Scottish Leaving Certificate Examination, 1958
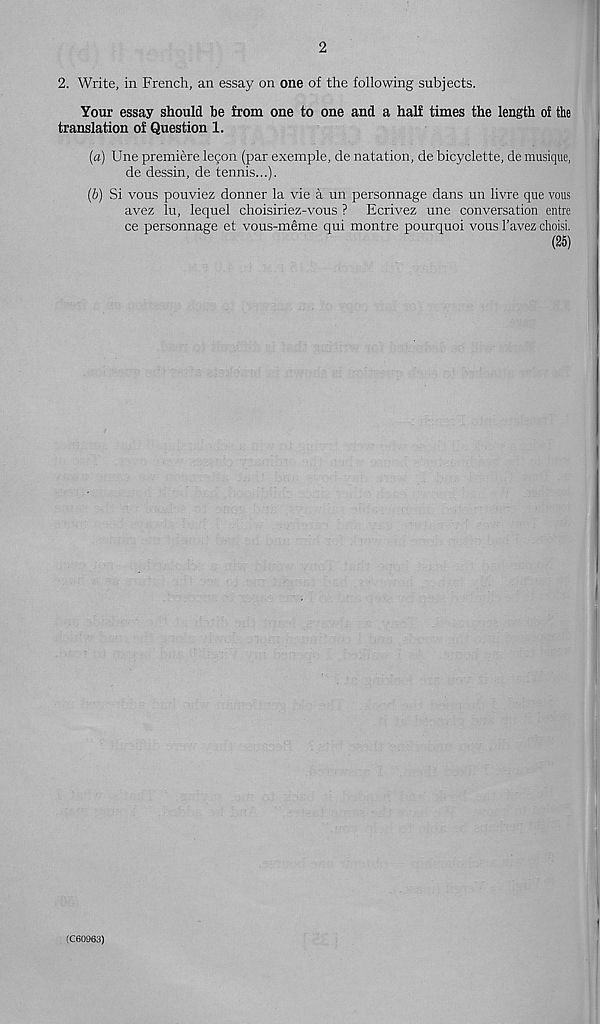
2
2. Write, in French, an essay on one of the following subjects.
Your essay should be from one to one and a half times the length of the
translation of Question 1.
(«) Une premiere legon (par exemple, de natation, de bicyclette, de musique,
de dessin, de tennis...).
(b) Si vous pouviez donner la vie a un personnage dans un livre que vous
avez lu, lequel choisiriez-vous ? Ecrivez une conversation entre
ce personnage et vous-meme qui montre pourquoi vous 1’avez choisi.
(25)
(C60963)